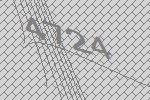
4724